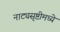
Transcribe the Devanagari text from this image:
नाट्यसृष्टीमध्ये